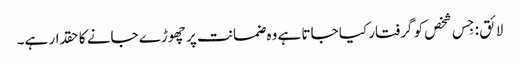
لائق : جِس شخص کو گرفتار کیا جاتا ہے وہ ضمانت پر چھوڑے جانے کا حقدار ہے۔